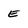
Character: E